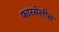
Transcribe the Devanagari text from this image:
फारसेलीस